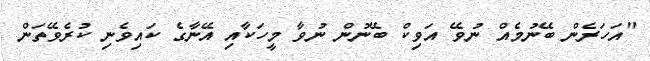
"އަހަރެން ބޭނުމެއް ނުވޭ އަވިކް ބޭނުން ނުވާ މީހަކާއި އޭނާގެ ކައިވެނި ކުރެވޭތަން